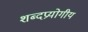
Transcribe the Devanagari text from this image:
शब्दप्रयोगीय